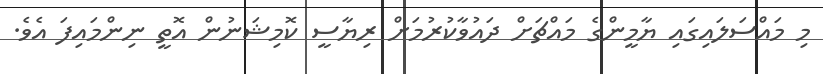
މި މައްސަލައިގައި ޔާމީންގެ މައްޗަށް ދައުވާކުރުމަށް ރިޔާސީ ކޮމިޝަނުން އޮތީ ނިންމައިފަ އެވެ.